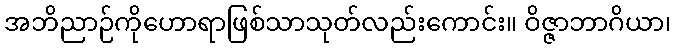
အဘိညာဉ်ကိုဟောရာဖြစ်သာသုတ်လည်းကောင်း။ ဝိဇ္ဇာဘာဂိယာ၊